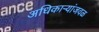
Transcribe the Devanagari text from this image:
अधिकाऱ्यांजवळ